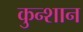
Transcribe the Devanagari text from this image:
कुन्शान